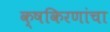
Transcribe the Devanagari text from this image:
क्षकिरणांचा